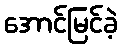
အောင်မြင်ခဲ့